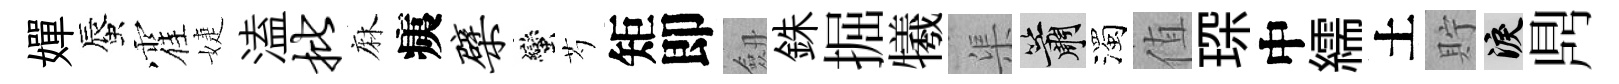
嬋蜃霍婕溘批麻痍檗蠻芍矩即劔銖掘犧渠簫濁值琛中繻土貯泪𪔂